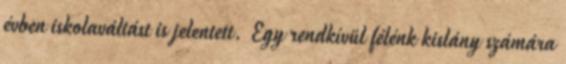
évben iskolaváltást is jelentett. Egy rendkívül félénk kislány számára